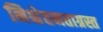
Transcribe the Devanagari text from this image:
निश्चेतनताग्रस्त